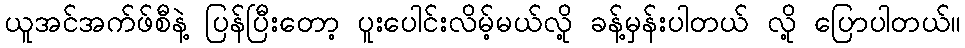
ယူအင်အက်ဖ်စီနဲ့ ပြန်ပြီးတော့ ပူးပေါင်းလိမ့်မယ်လို့ ခန့်မှန်းပါတယ် လို့ ပြောပါတယ်။